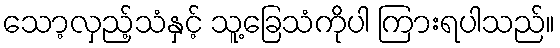
သော့လှည့်သံနှင့် သူ့ခြေသံကိုပါ ကြားရပါသည်။